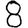
Digit: 8